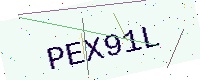
Text: PEX91L